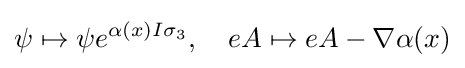
\psi \mapsto \psi e^{\alpha (x)I\sigma _{3}},\quad eA\mapsto eA-\nabla \alpha (x)